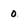
Character: 0